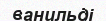
ванильді